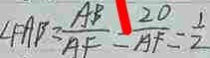
\angle F A B = \frac { A B } { A F } = \frac { 2 0 } { A F } = \frac { 1 } { 2 }